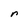
Character: r